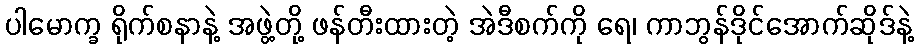
ပါမောက္ခ ရိုက်စနာနဲ့ အဖွဲ့တို့ ဖန်တီးထားတဲ့ အဲဒီစက်ကို ရေ၊ ကာဘွန်ဒိုင်အောက်ဆိုဒ်နဲ့